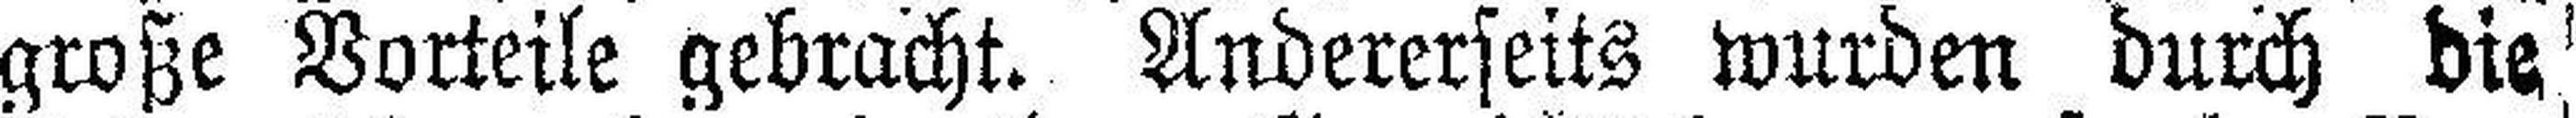
große Vorteile gebracht. Andererseits wurden durch die